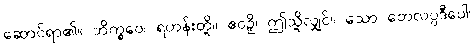
ဆောင်ရာ၏။ ဘိက္ခဝေ၊ ရဟန်းတို့။ ဧဝဉှိ၊ ဤသို့လျှင်။ သော တေလပ္ပဒီပေါ၊